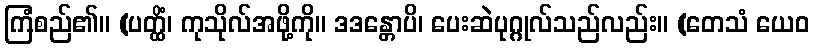
ကြံစည်၏။ (ပတ္ထိံ၊ ကုသိုလ်အဖို့ကို။ ဒဒန္တောပိ၊ ပေးဆဲပုဂ္ဂုလ်သည်လည်း။ (တေသံ ယေဝ